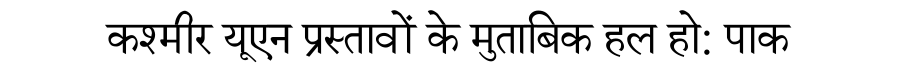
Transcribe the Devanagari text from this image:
कश्मीर यूएन प्रस्तावों के मुताबिक हल हो: पाक